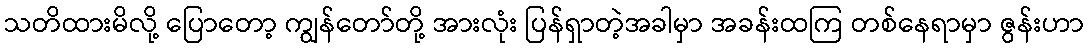
သတိထားမိလို့ ပြောတော့ ကျွန်တော်တို့ အားလုံး ပြန်ရှာတဲ့အခါမှာ အခန်းထကြ တစ်နေရာမှာ ဇွန်းဟာ